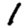
Digit: 1